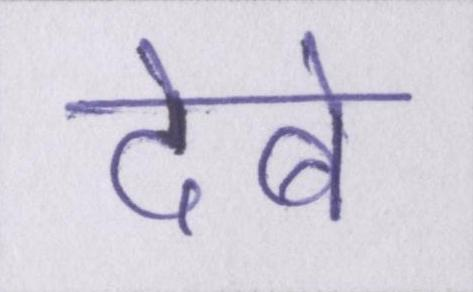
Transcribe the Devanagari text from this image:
देबे